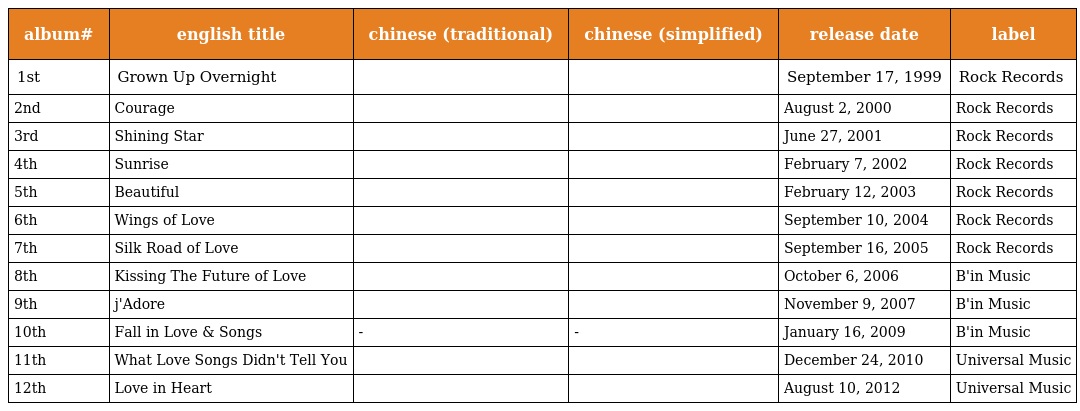
| album# | english title | chinese (traditional) | chinese (simplified) | release date | label |
 | --- | --- | --- | --- | --- | --- |
 | 1st | Grown Up Overnight | 一夜長大 | 一夜长大 | September 17, 1999 | Rock Records |
 | 2nd | Courage | 勇氣 | 勇气 | August 2, 2000 | Rock Records |
 | 3rd | Shining Star | 閃亮的星 | 闪亮的星 | June 27, 2001 | Rock Records |
 | 4th | Sunrise | 我喜歡 | 我喜欢 | February 7, 2002 | Rock Records |
 | 5th | Beautiful | 美麗人生 | 美丽人生 | February 12, 2003 | Rock Records |
 | 6th | Wings of Love | 燕尾蝶 | 燕尾蝶 | September 10, 2004 | Rock Records |
 | 7th | Silk Road of Love | 絲路 | 丝路 | September 16, 2005 | Rock Records |
 | 8th | Kissing The Future of Love | 親親 | 亲亲 | October 6, 2006 | B'in Music |
 | 9th | j'Adore | 崇拜 | 崇拜 | November 9, 2007 | B'in Music |
 | 10th | Fall in Love & Songs | 靜茹＆情歌-別再為他流淚 | 静茹＆情歌-别再为他流泪 | January 16, 2009 | B'in Music |
 | 11th | What Love Songs Didn't Tell You | 情歌沒有告訴你 | 情歌没有告诉你 | December 24, 2010 | Universal Music |
 | 12th | Love in Heart | 愛久見人心 | 爱久见人心 | August 10, 2012 | Universal Music |